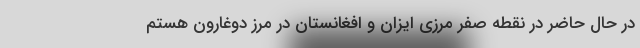
در حال حاضر در نقطه صفر مرزی ایزان و افغانستان در مرز دوغارون هستم